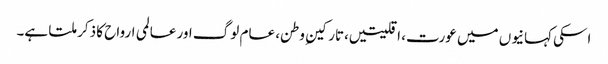
اسکی کہانیوں میں عورت، اقلیتیں،تارکینِ وطن، عام لوگ اور عالمی ارواح کا ذکر ملتا ہے۔